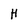
Character: H